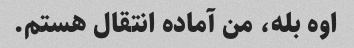
اوه بله، من آماده انتقال هستم.